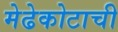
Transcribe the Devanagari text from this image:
मेढेकोटाची